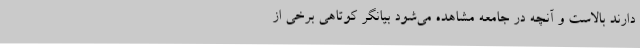
دارند بالاست و آنچه در جامعه مشاهده می‌شود بیانگر کوتاهی برخی از